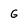
Character: G